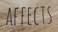
AFFECTS